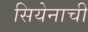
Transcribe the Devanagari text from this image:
सियेनाची